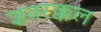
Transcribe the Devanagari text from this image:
ज्ञवरक्कल